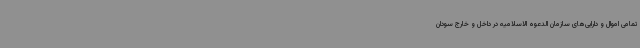
تمامی اموال و دارایی‌های سازمان الدعوه الاسلامیه در داخل و خارج سودان